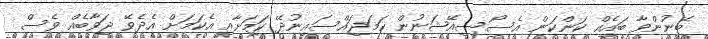
ބޭނުންވާ ބައެއް ކަންކަން އެސޯސިއޭޝަނުން ހަމަޖައްސައިނުދޭ ކަމަށާއި އެކަމަށް އެދެވޭ ޖަވާބެއް ވެސް